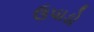
ઉપાડો